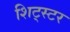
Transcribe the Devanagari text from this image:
शिट्स्टर